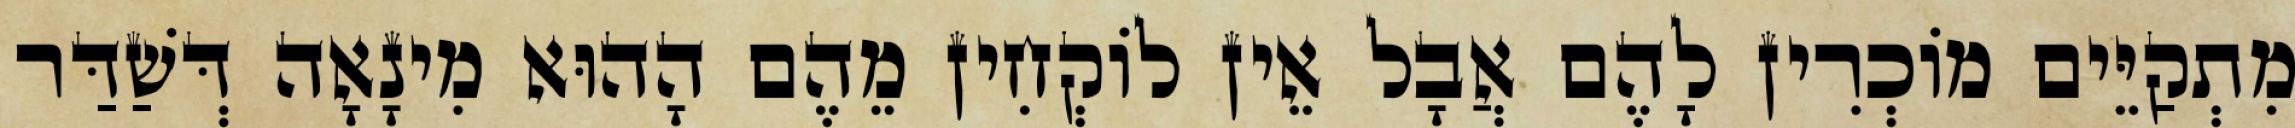
מִתְקַיֵּים מוֹכְרִין לָהֶם אֲבָל אֵין לוֹקְחִין מֵהֶם הָהוּא מִינָאָה דְּשַׁדַּר